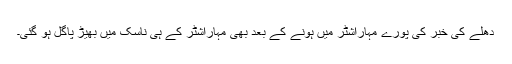
دھلے کی خبر کی پورے مہاراشٹر میں ہونے کے بعد بھی مہاراشٹر کے ہی ناسک میں بھیڑ پاگل ہو گئی۔